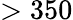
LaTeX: >350